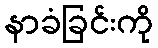
နာခံခြင်းကို